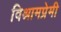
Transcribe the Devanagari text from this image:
विश्रामप्रेमी